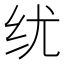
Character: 𬘕